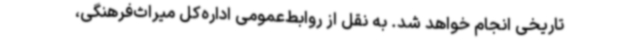
تاریخی انجام خواهد شد. به نقل از روابط‌عمومی اداره‌کل میراث‌فرهنگی،